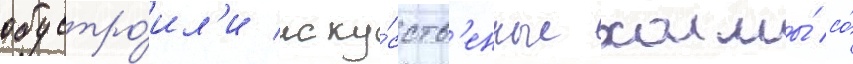
обустро́ил'и иску́сств'енные холмы́ со́